Vital statistics of India. Vol. IV, Annual returns from 1871 to 1876. British Army of India, Native Army and jails of Bengal
Year: 1871
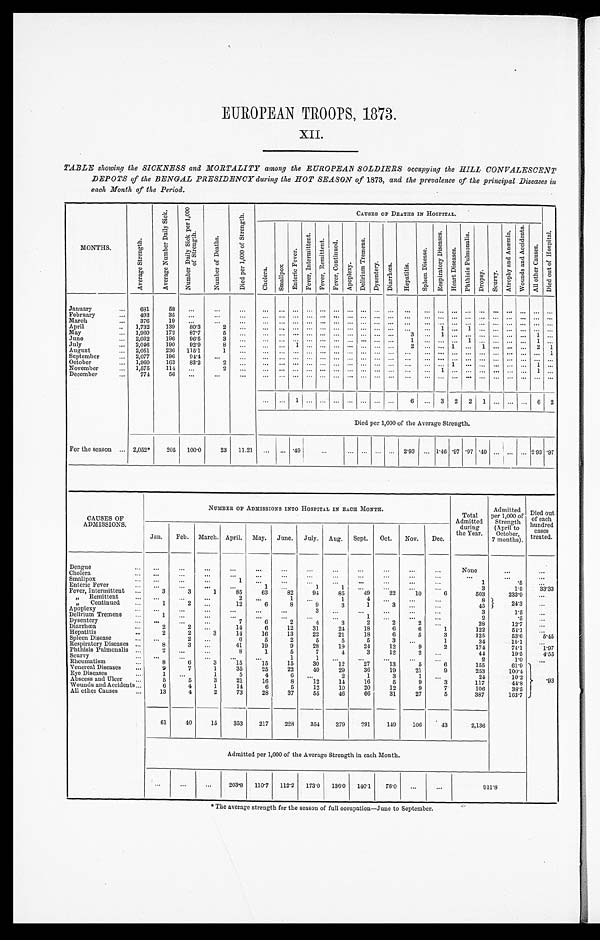
EUROPEAN TROOPS, 1873.
XII.
TABLE showing the SICKNESS and MORTALITY among the EUROPEAN SOLDIERS occupying the HILL CONVALESCENT
DEPOTS of the BENGAL PRESIDENCY during the HOT SEASON of 1873, and the prevalence of the principal Diseases in
each Month of the Period.
MONTHS.
A v e r a g e S t r e n g t h .
A v e r a g e N u m b e r D a i l y S i c k . N u m b e r D a i l y S i c k p e r 1 , 0 0 0 o f S t r e n g t h .
N u m b e r o f D e a t h s .
D i e d p e r 1 , 0 0 0 o f S t r e n g t h .
C A U S E S O F D E A T H S I N H O S P I T A L .
D i e d o u t o f H o s p i t a l .
C l o e r a .
S m a l l p o x .
E n t e r i c F e v e r .
F e v e r , i n t e r m i t t e n t .
F e v e r , R e m i t t e n t . F e v e r , C o n t i n u e d .
A p o p l e x y .
D e l i r i u m T r e m e a n s .
D y s e n t e r y . D i a r r h œ a .
H e p a t i t i s .
S p l e e n D i s e a s e .
R e s p i r a t o r y D i s e a s e s .
H e a r t D i s e a s e .
P h t h i s i s P u l m o n a l i s .
D r o p s y . S c u r v y .
A t o r p h y a n d A n æ m i a .
W o u n d s a n d A e e i d e n t s .
A l l o t h e r C a u s e s .
January . . . 681
58
. . .
. . .
. . .
. . .
. . . . . . . . . . . . . . . . . . . . . . . . . . .
. . .
. . . . . . . . . . . . . . . . . . . . . . . . . . . . . .
February . . . 493
35
. . .
. . .
. . .
. . .
. . . . . . . . . . . . . . . . . . . . . . . . . . .
. . .
. . . . . . . . . . . . . . . . . . . . . . . . . . . . . .
March . . . 376
19
. . .
. . .
. . .
. . .
. . . . . . . . . . . . . . . . . . . . . . . . . . .
. . .
. . . . . . . . . . . . . . . . . . . . . . . . . . . . . .
April . . . 1,732
139 80.3
2
. . .
. . . . . . . . . . . . . . . . . . . . . . . . . . . . . .
. . .
. . . 1 . . . 1 . . . . . . . . . . . . . . . . . .
May . . . 1,960
172 87.7
5
. . .
. . .
. . . . . . . . . . . . . . . . . . . . . . . . . . .
3
. . . 1 . . . . . . . . . . . . . . . . . . 1 . . .
June . . . 2,032
196 96.5
3
. . .
. . .
. . . . . . . . . . . . . . . . . . . . . . . . . . .
1
. . . . . . . . . 1 . . . . . . . . . . . . 1 . . .
July . . . 2,046
190 92.9 8
. . .
. . . . . . 1 . . .
. . . . . . . . . . . . . . . . . .
2
. . . . . . 1 . . . 1 . . . . . . . . . 2 1
August . . . 2,051
236 115.1
1
. . .
. . . . . . . . . . . . . . . . . . . . . . . . . . . . . . . . .
. . . . . . . . . . . . . . . . . . . . . . . . . . . 1
September . . . 2,077
196 94.4
. . .
. . .
. . . . . . . . . . . . . . . . . . . . . . . . . . . . . .
. . .
. . . . . . . . . . . . . . . . . . . . . . . . . . . . . .
October . . . 1,960
163 83.2 2
. . .
. . .
. . . . . . . . . . . . . . . . . . . . . . . . . . .
. . .
. . . . . . 1 . . . . . . . . . . . . . . . 1 . . .
November . . . 1,575
114
. . .
2
. . .
. . .
. . . . . .
. . . . . . . . . . . . . . . . . . . . .
. . .
. . . 1 . . . . . . . . . . . . . . . . . . 1 . . .
December . . . 774
56 . . .
. . .
. . .
. . .
. . .
. . . . . . . . . . . . . . . . . . . . . . . .
. . .
. . . . . . . . . . . . . . . . . . . . . . . . . . . . . .
. . .
. . . 1
. . .
. . . . . . . . . . . . . . . . . .
6 . . . 3 2 2 1
. . . . . . . . . 6 2
Died per 1,000 of the Average Strength.
For the season . . . 2,052*
205 100.0
23 11.21 . . . . . . .49
. . .
. . . . . . . . . . . . . . . 2.93 . . . 1.46 .97 .97 .49 . . . . . . . . . 2.93 .97
CAUSES OF
ADMISSIONS.
NUMBER OF ADMISSIONS INTO HOSPITAL IN EACH MONTH.
Total
Admitted
during
the Year.
Admitted
per 1,000 of
Strength
(April to
October ,
7 months).
Died out
of each
hundred
cases
treated.
Jan. Feb. March. April. May. June. July. Aug. Sept. Oct. Nov. Dec.
Dengue . . .
. . .
. . .
. . .
. . .
. . .
. . .
. . .
. . .
. . .
. . .
. . .
. . .
None
. . .
. . .
Cholera . . .
. . .
. . .
. . .
. . .
. . .
. . .
. . .
. . .
. . .
. . .
. . .
. . .
. . .
. . .
. . .
Smallpox . . .
. . .
. . .
. . .
1
. . .
. . .
. . .
. . .
. . .
. . .
. . .
. . .
1
. 5
Enteric Fever . . .
. . .
. . .
. . .
. . .
1
. . .
1
1
. . .
. . .
. . .
. . .
3
1.5
33.33
Fever, intermittent . . .
3
3
1
85
63
82
94
85
49
22
10
6
503
233.9
. . .
" R e m i t t e n t
ittent . . . . . .
. . .
. . .
2
. . .
1
. . .
1
4
. . .
. . .
. . .
8
24.3
. . .
" Continued . . .
1
2
. . . 12
6
8
9
3
1
3
. . .
. . .
45
Apoplexy . . .
. . .
. . .
. . .
. . .
. . .
. . .
. . .
. . . . . .
. . .
. . .
. . .
3
1.5
. . .
Delirium Tremens . . .
1
. . .
. . .
. . .
. . .
. . .
. . .
. . .
. . .
. . .
. . .
. . .
2
. 5
Dysentery . . .
. . .
. . .
. . .
7
6
2
4
3
2
2
2
. . .
28
12.7
. . .
Diarrliœa . . .
2
2
. . .
14
6
12
31
24
18
6
6
1
122
54.1 . . .
Hepatitis . . .
2
2
3
14
16
13
22
21
18
6
5
3
125
53.6
5 . 4 5
Spleen Disease . . .
. . .
2
. . .
6
5
2
5
5
5
3
. . .
1
34
15.1
. . .
Respiratory Diseases . . .
8
3
. . . 41
19
9
28
19
24
12
9
2
174
74.1
. . .
Phthisis Pulmonalis . . .
2
. . . . . .
8
1
5
7
4
3
12
2
. . .
44
19.5
4.55
Scurvy . . .
. . .
. . .
. . .
. . .
. . .
1
1
. . .
. . .
. . .
. . .
. . .
2
1.0
. . .
Rheumatism . . .
8
6
3
15
15
15
30
12
27
13
5
6
155
61.9
. 9 3
Venereal Diseases . . .
9
7
1
35
25
22
40
29
36
19
21
9
253
100.4
Eye Diseases . . .
1
. . .
1
5
4
6
. . .
2
1
3
1
. . .
24
10.2
Abscess and Ulcer . . .
5
5
3
21
16
8
12
14
16
5
9
3
117
44.8
Wounds and Accidents . . .
6
4
1
14
6
5
12
10
20
12
9
7
106
38.5
All other Causes . . .
13
4
2
73
28
37
55
46
66
31
27
5
387
163.7
61
40
15
353
217
228
354 279
291
149
106
43
2,136
Admitted per 1,000 of the Average Strength in each Month.
. . . . . .
. . . 203.8 110.7 112.2 173.0 136.0 140.1
76.0
. . .
. . .
9 1 1 . 8
* T h e a v e r a g e s t r e n g t h f o r t h e s e a s o n o f f u l l o c c u p a t i o n — J u n e t o S e p t e m b e r .